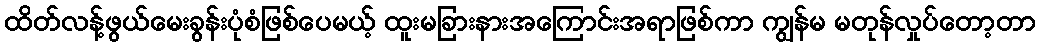
ထိတ်လန့်ဖွယ်မေးခွန်းပုံစံဖြစ်ပေမယ့် ထူးမခြားနားအကြောင်းအရာဖြစ်ကာ ကျွန်မ မတုန်လှုပ်တော့တာ